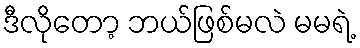
ဒီလိုတော့ ဘယ်ဖြစ်မလဲ မမရဲ့